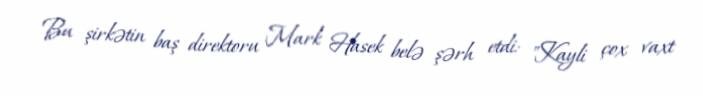
Bu şirkətin baş direktoru Mark Hasek belə şərh etdi: "Kayli çox vaxt